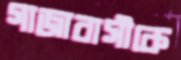
গাজাবাসীকে